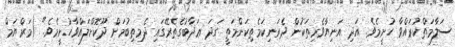
ސަލާމަތްކުރައްވާ ހުށީމެވެ. އަދި އަނިޔާވެރިތަކުން ދެރަނިކަމެތިކަންމަތީ ގަދަ ޢަޛާބުގެތެރޭގައި ދެމިތިބުމަށް ދޫކޮށްލައްވާހުށީމެވެ." (މަރްޔަމް